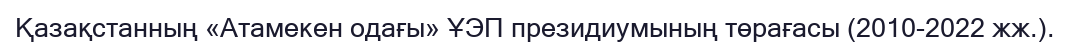
Қазақстанның «Атамекен одағы» ҰЭП президиумының төрағасы (2010-2022 жж.).